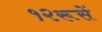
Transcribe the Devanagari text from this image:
१२रूसें